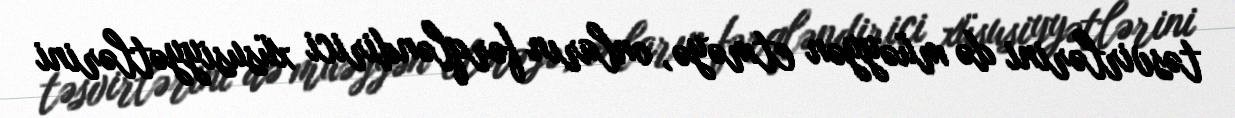
təsvirlərini də müəyyən etməyə, onların fərqləndirici xüsusiyyətlərini